Cholera in southern India
Disease focus: Cholera
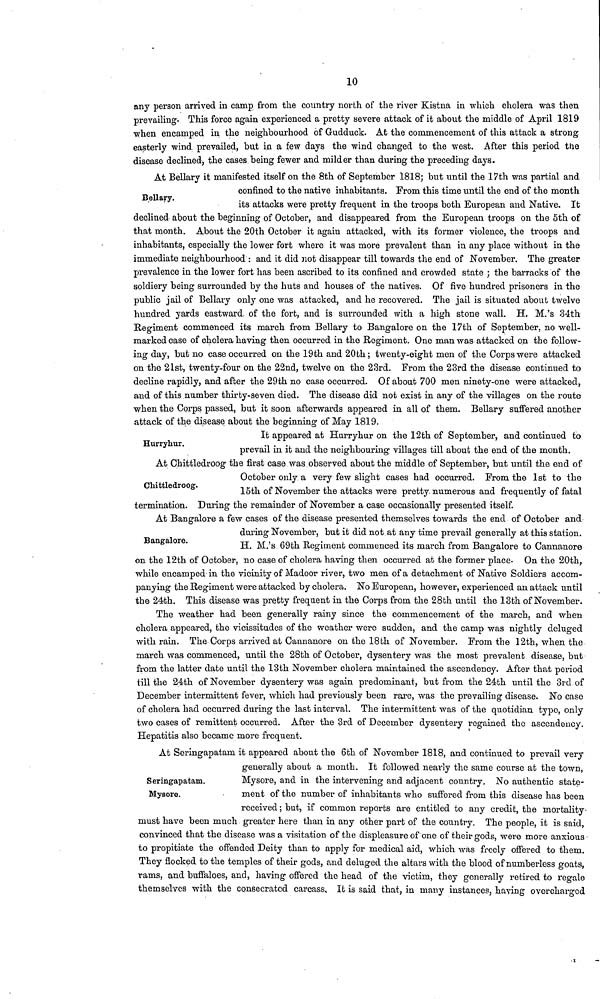
10
any person arrived in camp from the country north of the river Kistna in which cholera was then
prevailing. This force again experienced a pretty severe attack of it about the middle of April 1819
when encamped in the neighbourhood of Gudduck. At the commencement of this attack a strong-
easterly wind prevailed, but in a few days the wind changed to the west. After this period the
disease declined, the cases being fewer and milder than during the preceding days.
Bellary.
At Bellary it manifested itself on the 8th of September 1818; but until the 17th was partial and
confined to the native inhabitants. From this time until the end of the month
its attacks were pretty frequent in the troops both European and Native. It
declined about the beginning of October, and disappeared from the European troops on the 5th of
that month. About the 20th October it again attacked, with its former violence, the troops and
inhabitants, especially the lower fort where it was more prevalent than in any place without in the
immediate neighbourhood : and it did not disappear till towards the end of November. The greater
prevalence in the lower fort has been ascribed to its confined and crowded state ; the barracks of the
soldiery being surrounded by the huts and houses of the natives. Of five hundred prisoners in the
public jail of Bellary only one was attacked, and he recovered. The jail is situated about twelve
hundred yards eastward of the fort, and is surrounded with a high stone wall. H. M.'s 34th
Regiment commenced its march from Bellary to Bangalore on the 17th of September, no well-
marked case of cholera having then occurred in the Regiment. One man was attacked on the follow-
ing day, but no case occurred on the 19th and 20th ; twenty-eight men of the Corps were attacked
on the 21st, twenty-four on the 22nd, twelve on the 23rd. From the 23rd the disease continued to
decline rapidly, and after the 29th no case occurred. Of about 700 men ninety-one were attacked,
and of this number thirty-seven died. The disease did not exist in any of the villages on the route
when the Corps passed, but it soon afterwards appeared in all of them. Bellary suffered another
attack of the disease about the beginning of May 1819.
Hurryhur.
It appeared at Hurryhur on the 12th of September, and continued to
prevail in it and the neighbouring villages till about the end of the month.
Chittledroog.
At Chittledroog the first case was observed about the middle of September, but until the end of
October only a very few slight cases had occurred. From the 1st to the
15th of November the attacks were pretty numerous and frequently of fatal
termination. During the remainder of November a case occasionally presented itself.
Bangalore.
At Bangalore a few cases of the disease presented themselves towards the end of October and
during November, but it did not at any time prevail generally at this station.
H. M.'s 69th Regiment commenced its march from Bangalore to Cannanore
on the 12th of October, no case of cholera having then occurred at the former place. On the 20th,
while encamped in the vicinity of Madoor river, two men of a detachment of Native Soldiers accom-
panying the Regiment were attacked by cholera. No European, however, experienced an attack until
the 24th. This disease was pretty frequent in the Corps from the 28th until the 13th of November.
The weather had been generally rainy since the commencement of the march, and when
cholera appeared, the vicissitudes of the weather were sadden, and the camp was nightly deluged
with rain. The Corps arrived at Cannanore on the 18th of November. From the 12th, when the
march was commenced, until the 28th of October, dysentery was the most prevalent disease, but
from the latter date until the 13th November cholera maintained the ascendency. After that period
till the 24th of November dysentery was again predominant, but from the 24th until the 3rd of
December intermittent fever, which had previously been rare, was the prevailing disease. No case
of cholera had occurred during the last interval. The intermittent was of the quotidian typo, only
two cases of remittent occurred. After the 3rd of December dysentery regained the ascendency.
Hepatitis also became more frequent.
Seringapatam.
Mysore.
At Seringapatam it appeared about the 6th of November 1818, and continued to prevail very
generally about a month. It followed nearly the same course at the town,
Mysore, and in the intervening and adjacent country. No authentic state-
ment of the number of inhabitants who suffered from this disease has been
received ; but, if common reports are entitled to any credit, the mortality
must have been much greater here than in any other part of the country. The people, it is said,
convinced that the disease was a visitation of the displeasure of one of their gods, were more anxious
to propitiate the offended Deity than to apply for medical aid, which was freely offered to them.
They flocked to the temples of their gods, and deluged the altars with the blood of numberless goats,
rams, and buffaloes, and, having offered the head of the victim, they generally retired to regale
themselves with the consecrated carcass. It is said that, in many instances, having overcharged